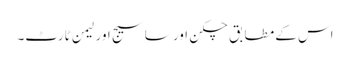
اس کے مطابق چکن اور ساسیج اور لیمن ٹارٹ۔